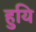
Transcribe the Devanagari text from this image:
हुयि